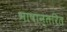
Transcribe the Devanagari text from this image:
भाषान्तरित